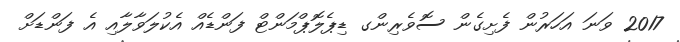
2017 ވަނަ އަހަރުން ފެށިގެން ސޮވެރިންގ ޑިޕެލޮޕްމަންޓް ފަންޑެއް އެކުލަވާލާއި އެ ފަންޑަށް